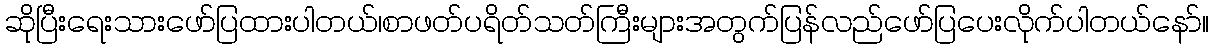
ဆိုပြီးရေးသားဖော်ပြထားပါတယ်၊စာဖတ်ပရိတ်သတ်ကြီးများအတွက်ပြန်လည်ဖော်ပြပေးလိုက်ပါတယ်နော်။